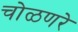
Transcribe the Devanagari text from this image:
चोळणरे